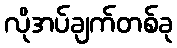
လိုအပ်ချက်တစ်ခု